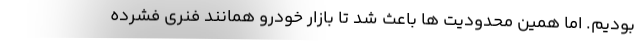
بودیم. اما همین محدودیت ها باعث شد تا بازار خودرو همانند فنری فشرده